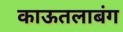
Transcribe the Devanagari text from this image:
काऊतलाबंग